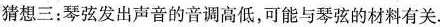
猜想三：琴弦发出声音的音调高低，可能与琴弦的材料有关。